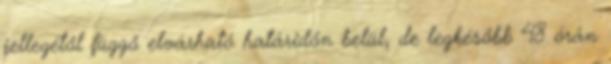
jellegétől függő elvárható határidőn belül, de legkésőbb 48 órán